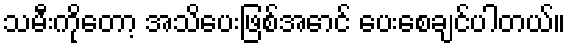
သမီးကိုတော့ အသိပေးဖြစ်အောင် ပေးစေချင်ပါတယ်။